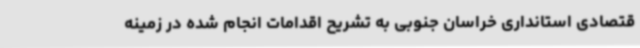
قتصادی استانداری خراسان جنوبی به تشریح اقدامات انجام شده در زمینه